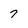
Character: 7